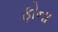
ફોના